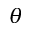
\theta